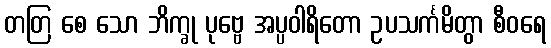
တတြ စေ သော ဘိက္ခု ပုဗ္ဗေ အပ္ပဝါရိတော ဥပသင်္ကမိတွာ စီဝရေ